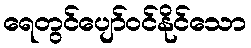
ရေတွင်ပျော်ဝင်နိုင်သော